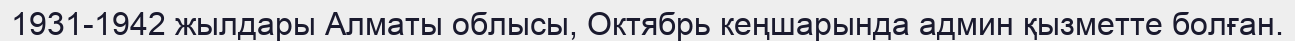
1931-1942 жылдары Алматы облысы, Октябрь кеңшарында админ қызметте болған.